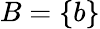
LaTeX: B=\{ b\}